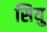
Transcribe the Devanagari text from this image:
सियु